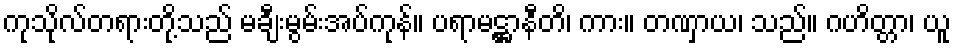
ကုသိုလ်တရားတို့သည် မချီးမွမ်းအပ်ကုန်။ ပရာမဋ္ဌာနီတိ၊ ကား။ တဏှာယ၊ သည်။ ဂဟိတ္တာ၊ ယူ